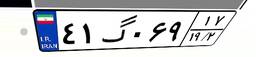
۴۱گ۰۶۹۱۷